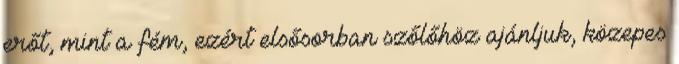
erőt, mint a fém, ezért elsősorban szőlőhöz ajánljuk, közepes